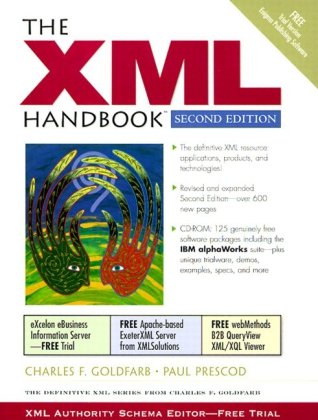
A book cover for Oracle SQL High-Performance Tuning (2nd Edition); Guy Harrison; Computers & Technology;